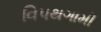
વિપથગામી